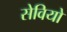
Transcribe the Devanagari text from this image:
सेवियो